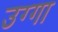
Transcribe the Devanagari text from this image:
उग्गा